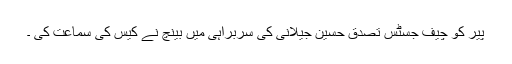
پیر کو چیف جسٹس تصدق حسین جیلانی کی سربراہی میں بینچ نے کیس کی سماعت کی ۔